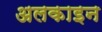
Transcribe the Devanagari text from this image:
अलकाइन